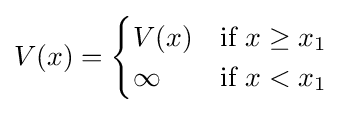
V(x)={\begin{cases}V(x)&{\text{if }}x\geq x_{1}\\\infty &{\text{if }}x<x_{1}\\\end{cases}}